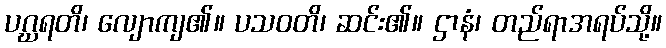
ပဂ္ဃရတိ၊ လျောကျ၏။ ပသဝတိ၊ ဆင်း၏။ ဌာနံ၊ တည်ရာအရပ်သို့။